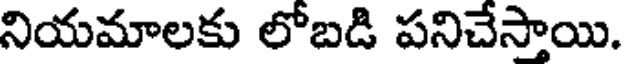
నియమాలకు లోబడి పనిచేస్తాయి.